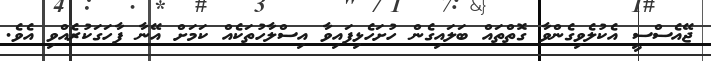
ޖޭއެސްސީ އެކުލެވިގެންވާ ގޮތްތައް ބަލައިގެން ހުށަހެޅިފައިވާ އިސްލާހުތަކެއް ކަމަށް އޭނާ ފާހަގަކުރެއްވި އެވެ.